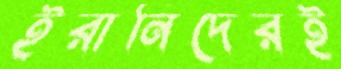
ইরানিদেরই